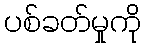
ပစ်ခတ်မှုကို